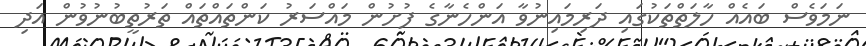
ނަމަވެސް ބައެއް ހާލަތްތަކުގައި ދަރިމައިނުވާ އަންހެނާގެ ފުށުން މައްސަރު ކަންތައްތައް ތަރުތީބުނުވުން އަދި